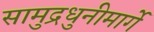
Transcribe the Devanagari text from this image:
सामुद्रधुनीमार्गे